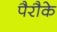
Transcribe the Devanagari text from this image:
पैरौके